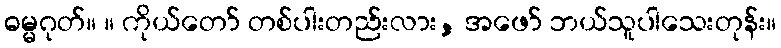
ဓမ္မဂုတ်။ ။ ကိုယ်တော် တစ်ပါးတည်းလား, အဖော် ဘယ်သူပါသေးတုန်း။